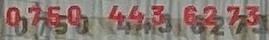
0750 443 62 73